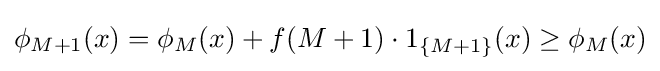
\phi _{M+1}(x)=\phi _{M}(x)+f(M+1)\cdot 1_{\{M+1\}}(x)\geq \phi _{M}(x)